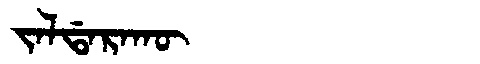
Manchu: ᠵᠠᠯᡩᠠᡵᠠᡴᡡ
Romanization: JALDARAKŪ